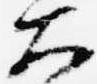
大